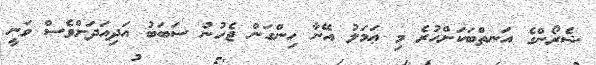
ޝެރޯންގެ އަނތްބަކަށްހުރެ މި ޢަމަލު އޭނާ ހިންގަން ޖެހުނު ސަބަބު އަދިއަދަށްވެސް ވަނީ